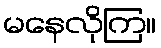
မနေလိုကြ။